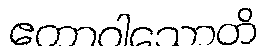
ဧကာဝါသောတိ